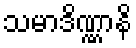
သမာဒိဏ္ဏာနိ